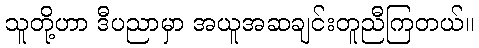
သူတို့ဟာ ဒီပညာမှာ အယူအဆချင်းတူညီကြတယ်။